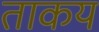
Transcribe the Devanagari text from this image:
ताकय